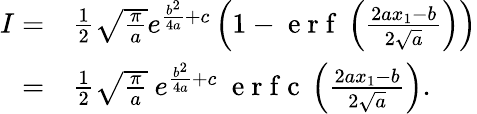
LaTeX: \begin{array}{rl}{I=}&{{}\frac{1}{2}\sqrt{\frac{\pi}{a}}e^{\frac{b^{2}}{4a}+c}\left(1-\mathrm{~e~r~f~}\left({\frac{2ax_{1}-b}{2\sqrt{a}}}\right)\right)}\\ {=}&{{}\frac{1}{2}\sqrt{\frac{\pi}{a}}\ e^{\frac{b^{2}}{4a}+c}\ \mathrm{~e~r~f~c~}\left({\frac{2ax_{1}-b}{2\sqrt{a}}}\right).}\end{array}